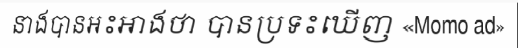
នាងបានអះអាងថា បានប្រទះឃើញ «Momo ad»